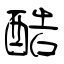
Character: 酷